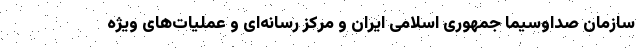
سازمان صداوسیما جمهوری اسلامی ایران و مرکز رسانه‌ای و عملیات‌های ویژه